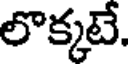
లొక్కటే.